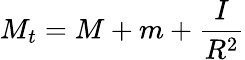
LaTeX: M_{t}=M+m+{\frac{I}{R^{2}}}